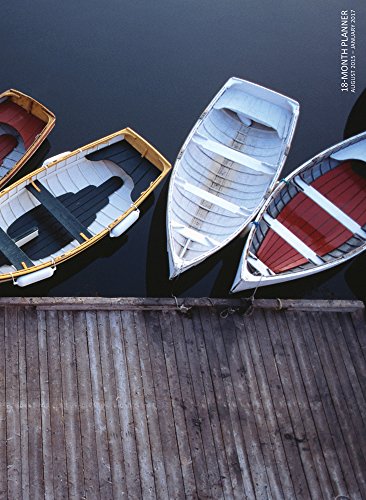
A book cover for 2016 Serenity Simplicity 18 Month Planner; TF Publishing; Calendars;